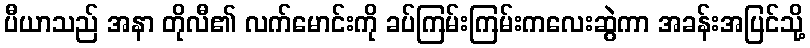
ပီယာသည် အနာ တိုလီ၏ လက်မောင်းကို ခပ်ကြမ်းကြမ်းကလေးဆွဲကာ အခန်းအပြင်သို့